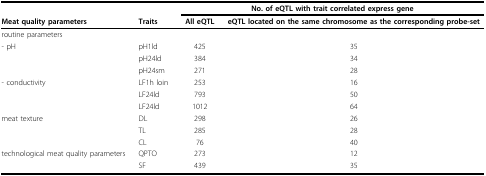
|  |  | <COLSPAN=2> No. of eQTL with trait correlated express gene |
 | Meat quality parameters | Traits | All eQTL | eQTL located on the same chromosome as the corresponding probe-set |
 | --- | --- | --- | --- |
 | routine parameters |  |  |  |
 | - pH | pH1ld | 425 | 35 |
 |  | pH24ld | 384 | 34 |
 |  | pH24sm | 271 | 28 |
 | - conductivity | LF1h loin | 253 | 16 |
 |  | LF24ld | 793 | 50 |
 |  | LF24ld | 1012 | 64 |
 | meat texture | DL | 298 | 26 |
 |  | TL | 285 | 28 |
 |  | CL | 76 | 40 |
 | technological meat quality parameters | QPTO | 273 | 12 |
 |  | SF | 439 | 35 |